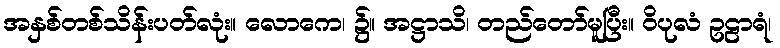
အနှစ်တစ်သိန်းပတ်လုံး။ လောကေ၊ ၌။ အဋ္ဌာသိ၊ တည်တော်မူပြီး။ ဝိပုလံ ဥဠာရံ၊